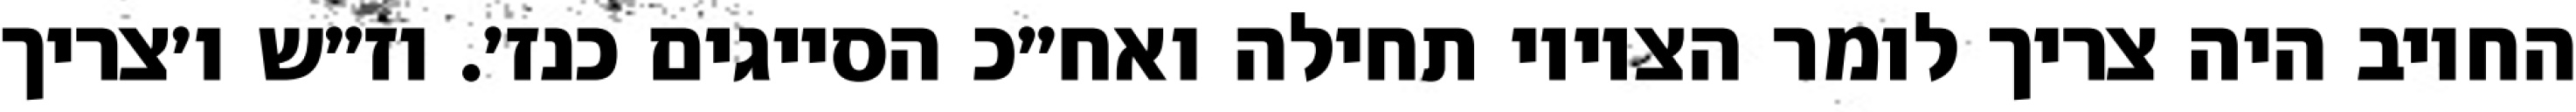
החיוב היה צריך לומר הציווי תחילה ואח״כ הסייגים כנז׳. וז״ש ו׳צריך